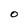
Character: O